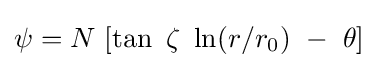
\psi =N~[\tan ~\zeta ~\ln(r/r_{0})~-~\theta ]